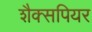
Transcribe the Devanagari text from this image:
शैक्सपियर